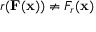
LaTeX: r ( \mathbf { F } ( \mathbf { x } ) ) \neq F _ { r } ( \mathbf { x } )